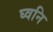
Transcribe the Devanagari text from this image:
घ्वनि